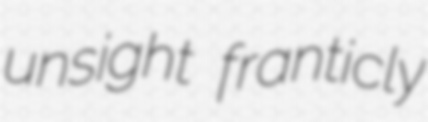
unsight franticly